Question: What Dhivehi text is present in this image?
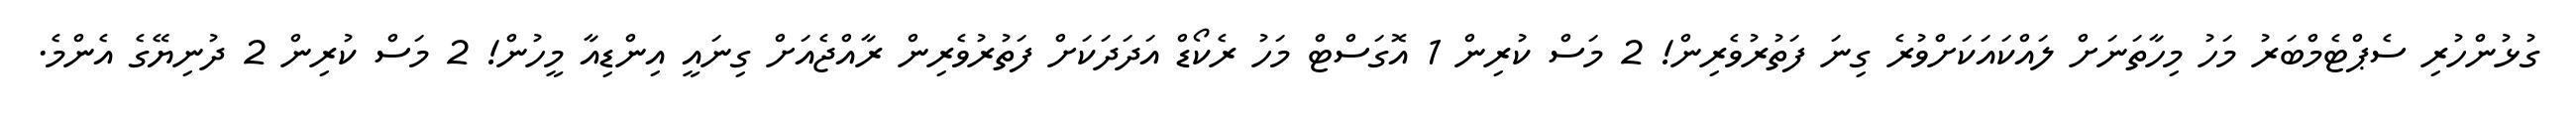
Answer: ގުޅުންހުރި ސެޕްޓެމްބަރު މަހު މިހާތަނަށް ލައްކައަކަށްވުރެ ގިނަ ފަތުރުވެރިން! 2 މަސް ކުރިން 1 އޮގަސްޓް މަހު ރެކޯޑް އަދަދަކަށް ފަތުރުވެރިން ރާއްޖެއަށް ގިނައީ އިންޑިއާ މީހުން! 2 މަސް ކުރިން 2 ދުނިޔޭގެ އެންމެ.